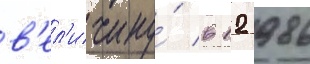
в'ел'ичину́ в 12 986